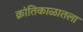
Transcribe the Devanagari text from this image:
क्रांतिकाळातला